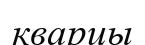
кварцы